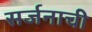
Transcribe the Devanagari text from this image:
सर्जनाची